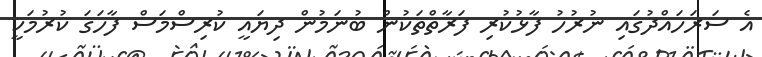
އެ ސަރަހައްދުގައި ނުރުހު ފާޅުކުރި ފަރާތްތަކުން ބުނަމުން ދިޔައީ ކުރިސްމަސް ފާހަގަ ކުރުމަކީ